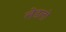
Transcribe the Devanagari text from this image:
लेडलो